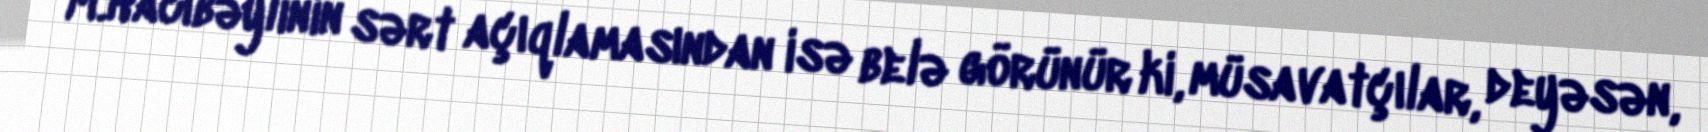
M.Hacıbəylinin sərt açıqlamasından isə belə görünür ki, müsavatçılar, deyəsən,